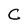
Character: C